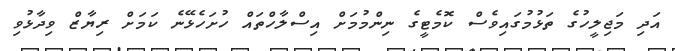
އަދި މަޖިލީހުގެ ތަޅުމުގައިވެސް ކޮމެޓީގެ ނިންމުމަށް އިސްލާހްތައް ހުށަހެޅޭނެ ކަމަށް ރިޔާޒް ވިދާޅުވި